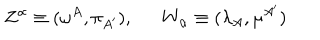
LaTeX: Z ^ { \alpha } \equiv ( \omega ^ { A } , \pi _ { A ^ { \prime } } ) , \ \ W _ { \alpha } \equiv ( \lambda _ { A } , \mu ^ { A ^ { \prime } } )